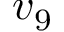
v _ { 9 }